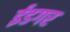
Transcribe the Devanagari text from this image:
ईडगर